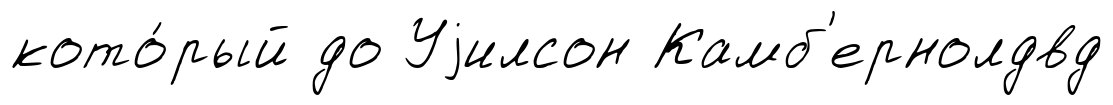
кото́рый до Уjилсон Камб'ернолдвд